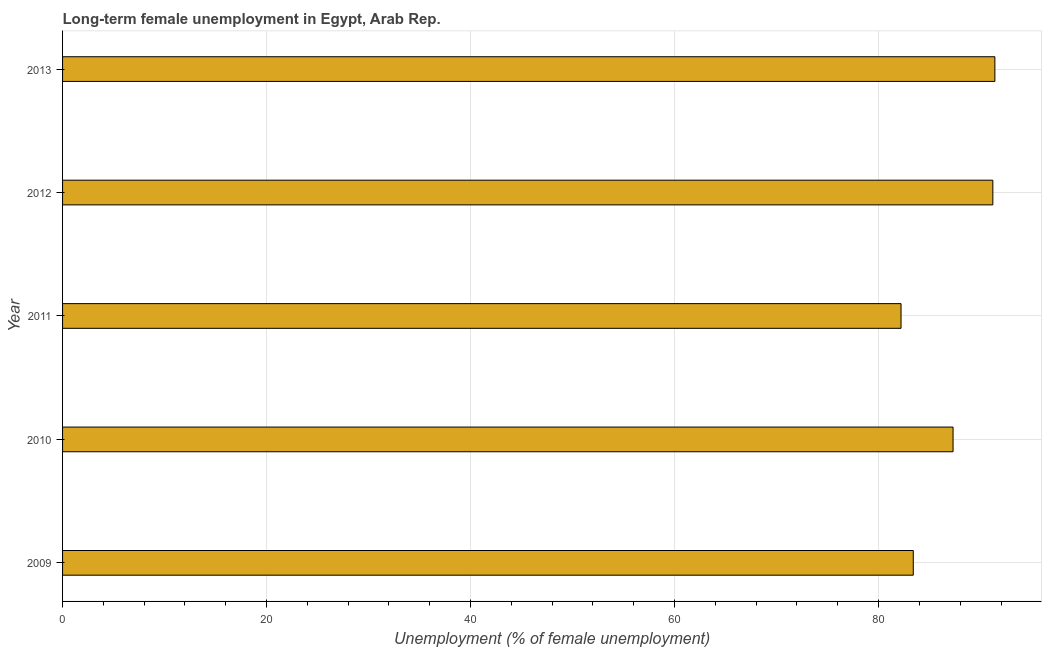
| Year | Long-term unemployment female |
 | --- | --- |
 | 2009 | 83.4 |
 | 2010 | 87.3 |
 | 2011 | 82.2 |
 | 2012 | 91.2 |
 | 2013 | 91.4 |